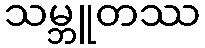
သမ္ဘူတဿ